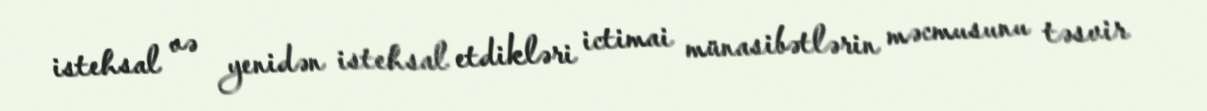
istehsal və yenidən istehsal etdikləri ictimai münasibətlərin məcmusunu təsvir